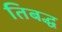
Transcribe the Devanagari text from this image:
तिबद्ध